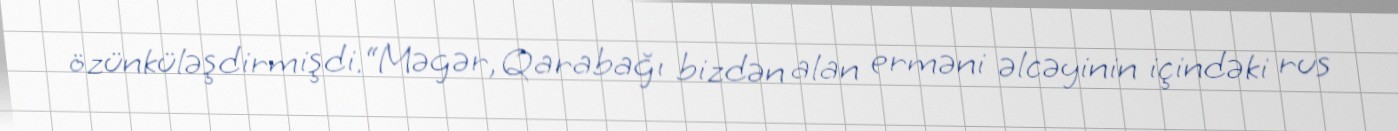
özünküləşdirmişdi.“Məgər, Qarabağı bizdən alan erməni əlcəyinin içindəki rus